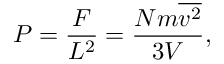
P = { \frac { F } { L ^ { 2 } } } = { \frac { N m { \overline { { v ^ { 2 } } } } } { 3 V } } ,